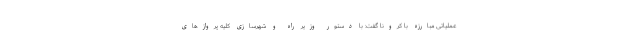
عملیاتی مبارزه با کرونا گفت: با دستور وزیر راه و شهرسازی کلیه پروازهای